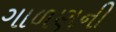
ગાળણની